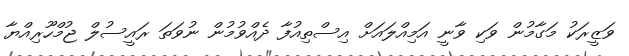
ވަޒީރަކު މަގާމުން ވަކި ވާނީ އަމިއްލައަށް އިސްތިއުފާ ދެއްވުމުން ނުވަތަ ރައީސުލް ޖުމްހޫރިއްޔާ